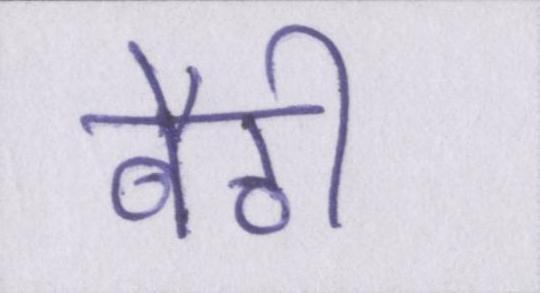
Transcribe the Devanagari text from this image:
बैठी